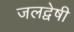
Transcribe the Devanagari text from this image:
जलद्वेषी